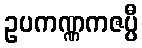
ဥပကဏ္ဏကဇပ္ပီ